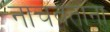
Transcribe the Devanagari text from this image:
नाचवताना